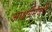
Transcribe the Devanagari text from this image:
आश्चर्यमंजरी